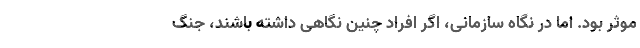
موثر بود. اما در نگاه سازمانی، اگر افراد چنین نگاهی داشته باشند، جنگ